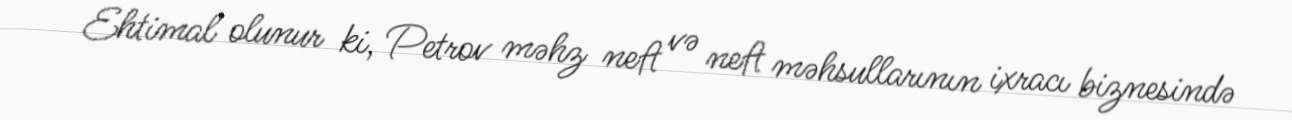
Ehtimal olunur ki, Petrov məhz neft və neft məhsullarının ixracı biznesində